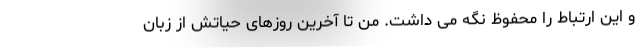
و این ارتباط را محفوظ نگه می داشت. من تا آخرین روزهای حیاتش از زبان